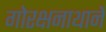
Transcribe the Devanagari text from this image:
गोरक्षनाथानें